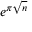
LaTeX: e ^ { \pi { \sqrt { n } } }